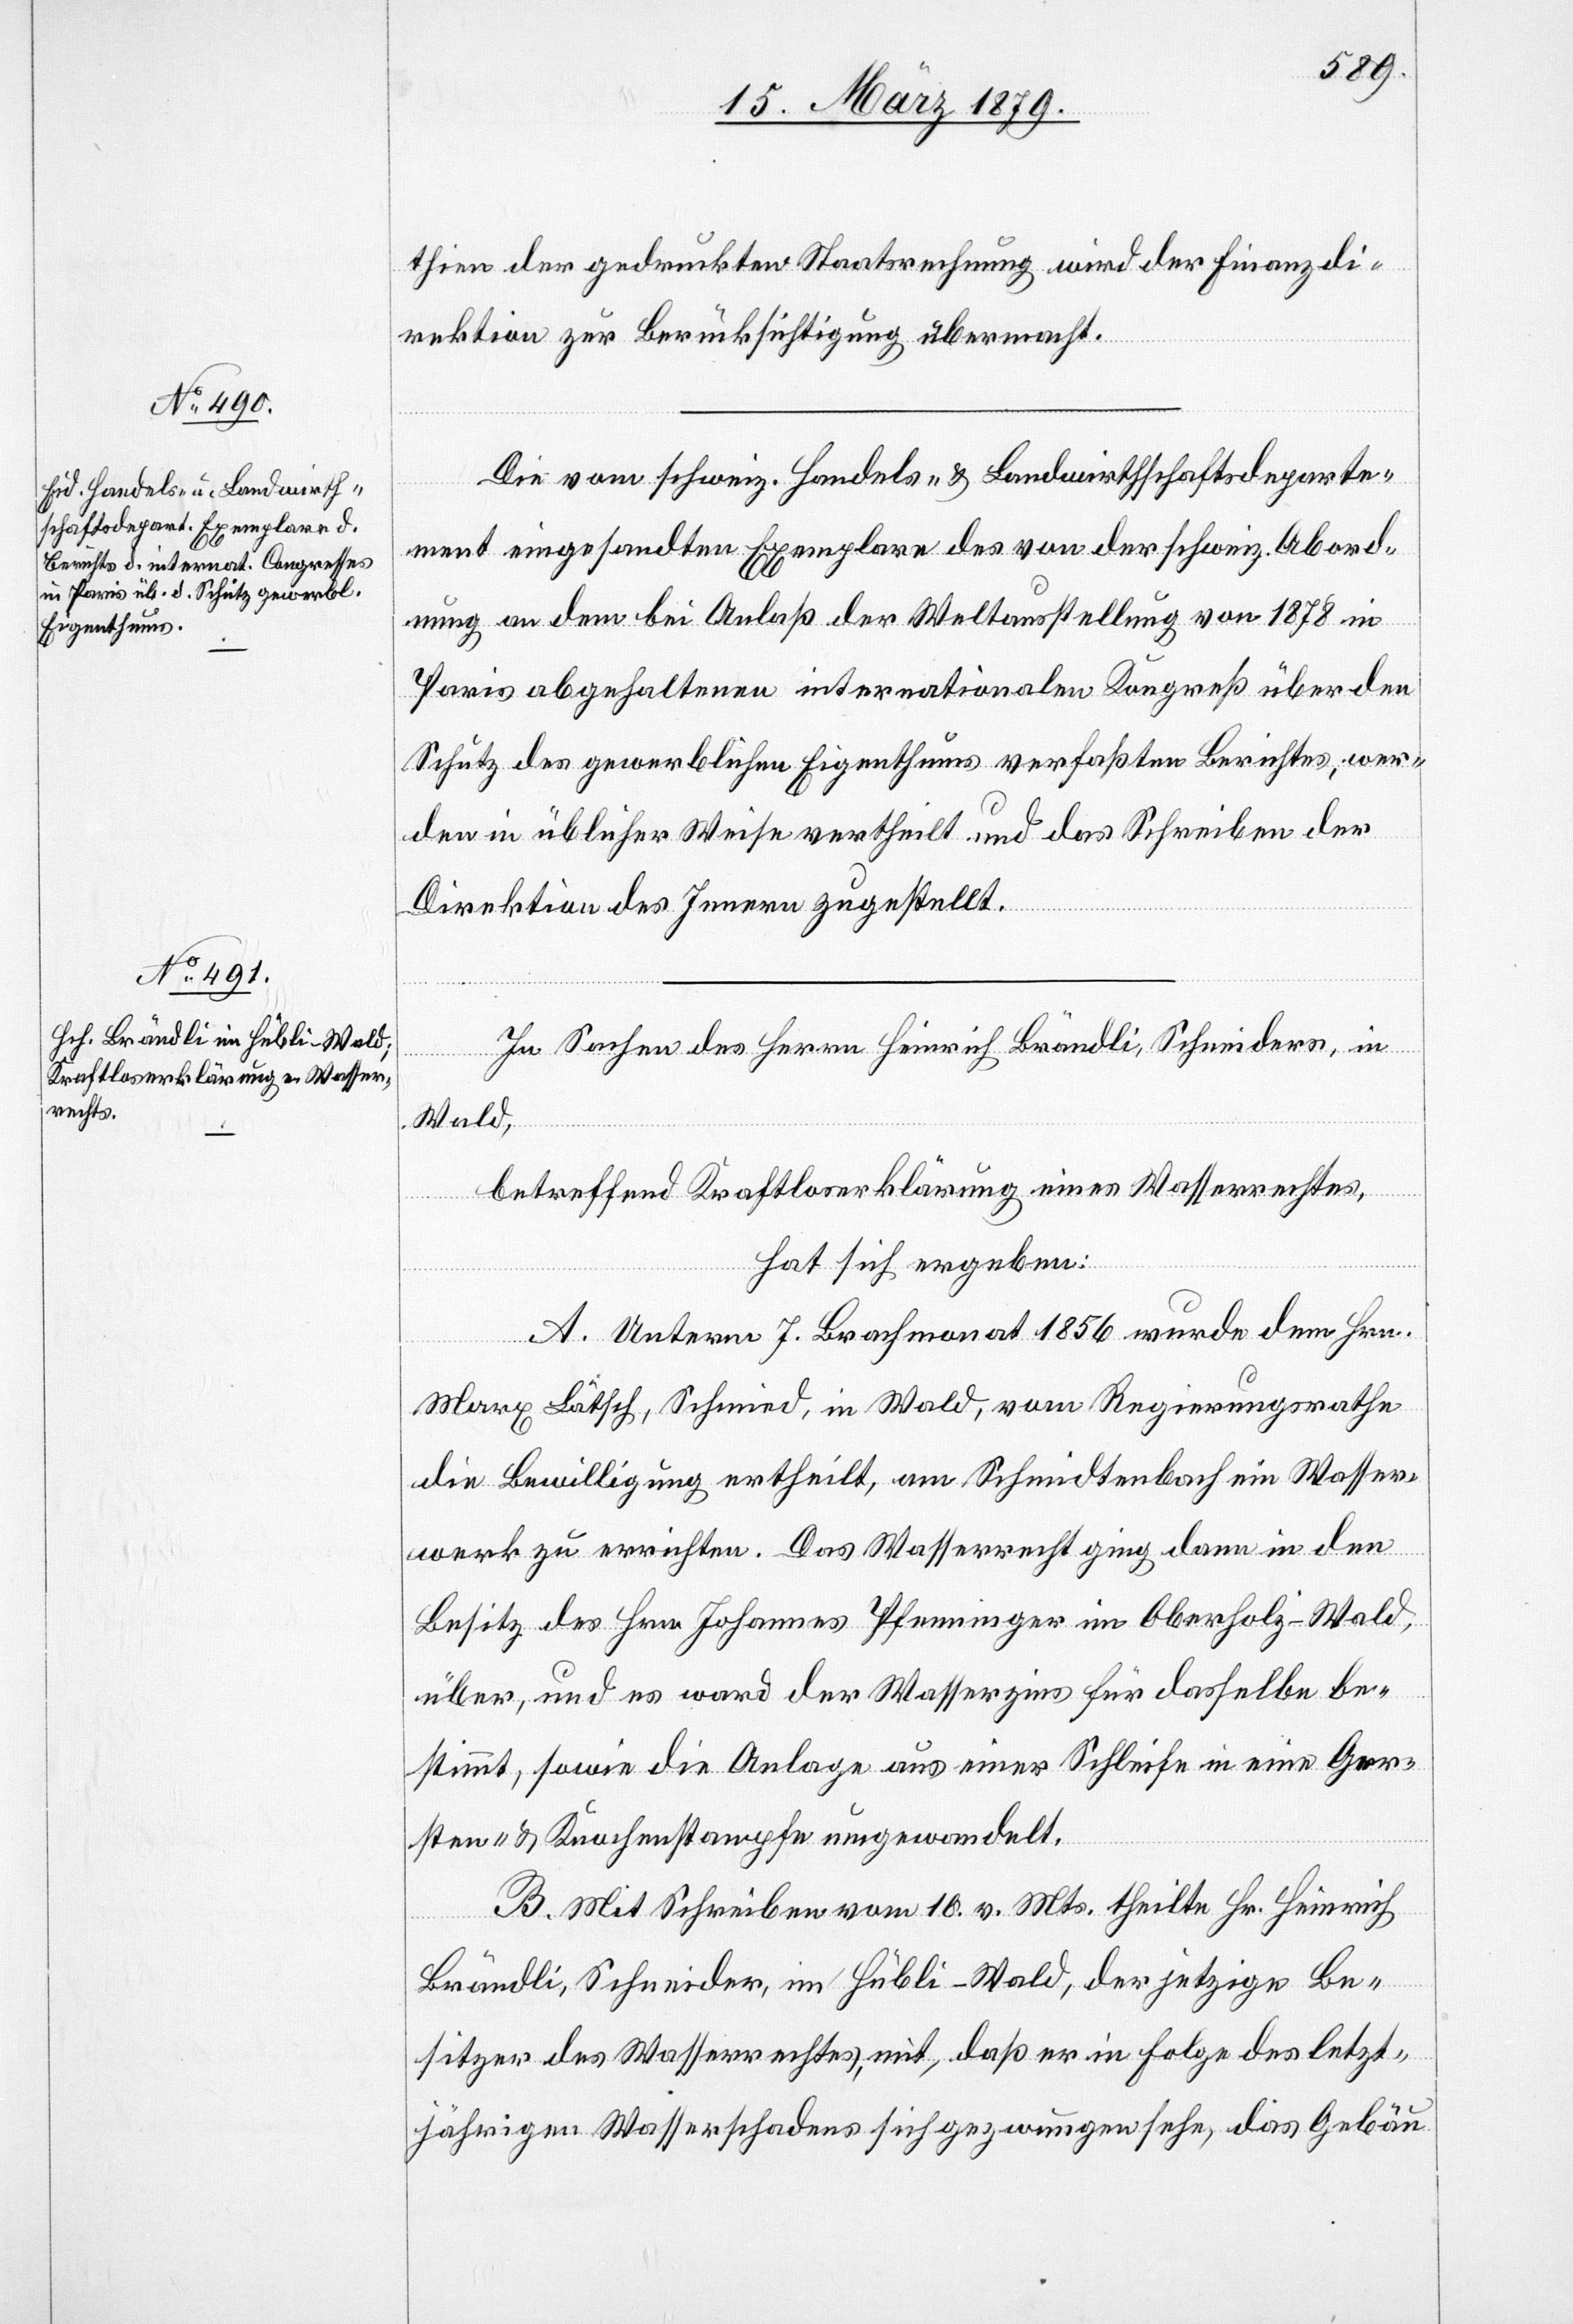
thien der gedruckten Staatsrechnung wird der Finanzdi¬
rektion zur Berücksichtigung übermacht.
Die vom schweiz. Handels- & Landwirthschaftsdeparte¬
letzt¬
ment eingesandten Exemplare des von der schweiz. Abord¬
nung an dem bei Anlaß der Weltausstellung von 1878 in
Paris abgehaltenen internationalen Kongress über den
Schutz des gewerblichen Eigenthums verfaßten Berichtes, wer¬
den in üblicher Weise vertheilt und das Schreiben der
Direktion des Innern zugestellt.
In Sachen des Herrn Heinrich Brändli, Schneiders, in
des
Wald,
betreffend Kraftloserklärung eines Wasserrechtes,
hat sich ergeben:
A. Unterm 7. Brachmonat 1856 wurde dem Hrn.
Marx Lätsch, Schmied, in Wald, vom Regierungsrathe
die Bewilligung ertheilt, am Schmidtenbach ein Wasser¬
werk zu errichten. Das Wasserrecht ging dann in den
Besitz des Hrn. Johannes Pfenninger im Oberholz - Wald,
über, und es ward der Wasserzins für dasselbe be¬
stimmt, sowie die Anlage aus einer Schleife in eine Ger¬
sten- & Knochenstampfe umgewandelt.
B. Mit Schreiben vom 10. v. Mts. theilte Hr. Heinrich
Brändli, Schneider, im Hübli - Wald, mit, daß e¬
jährigen Wasserschadens sich gezwungen sehe, das Gebäu-